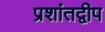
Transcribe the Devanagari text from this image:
प्रशांतद्वीप